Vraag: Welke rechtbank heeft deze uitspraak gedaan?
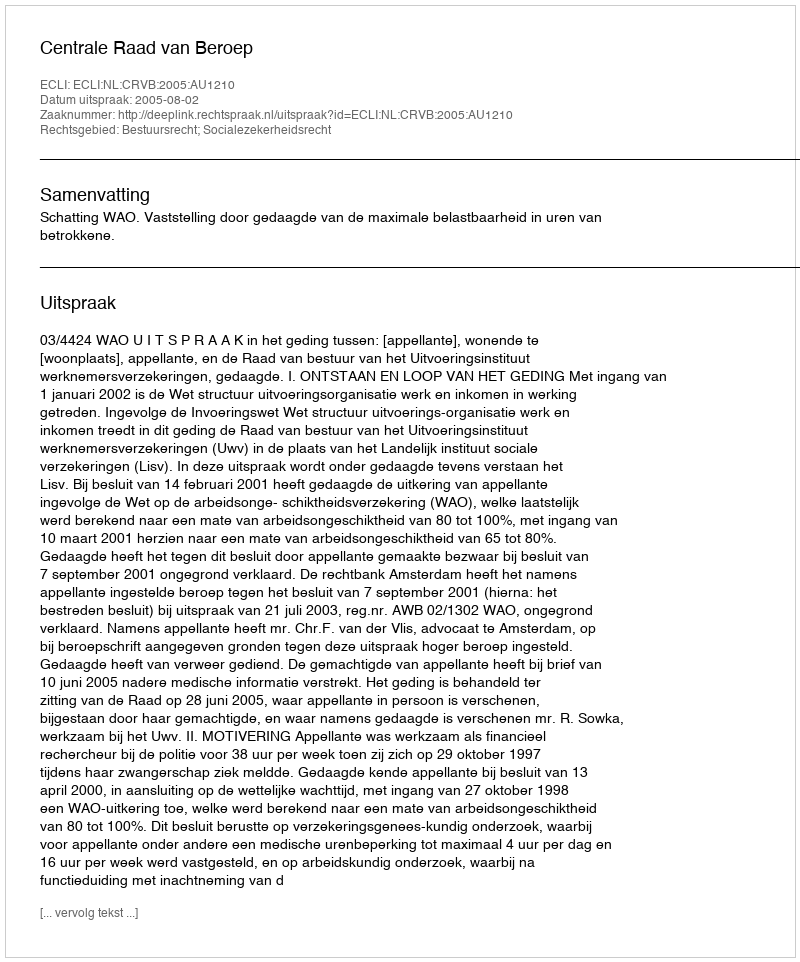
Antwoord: Centrale Raad van Beroep